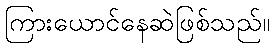
ကြားယောင်နေဆဲဖြစ်သည်။